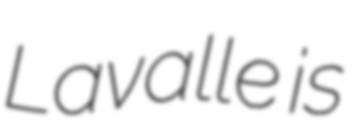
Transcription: Lavalle is